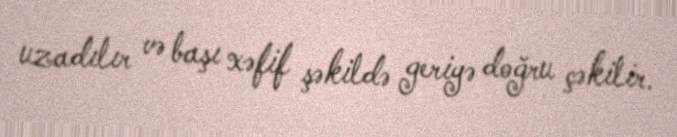
uzadılır və başı xəfif şəkildə geriyə doğru çəkilir.